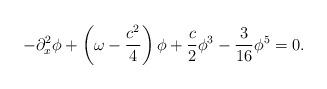
LaTeX: \begin{align*}-\partial_{x}^2\phi+\left(\omega-\frac{c^2}{4}\right)\phi+\frac{c}{2}\phi^3-\frac{3}{16}\phi^5=0.\end{align*}